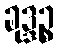
ခုဒ္ဒဉ္စ